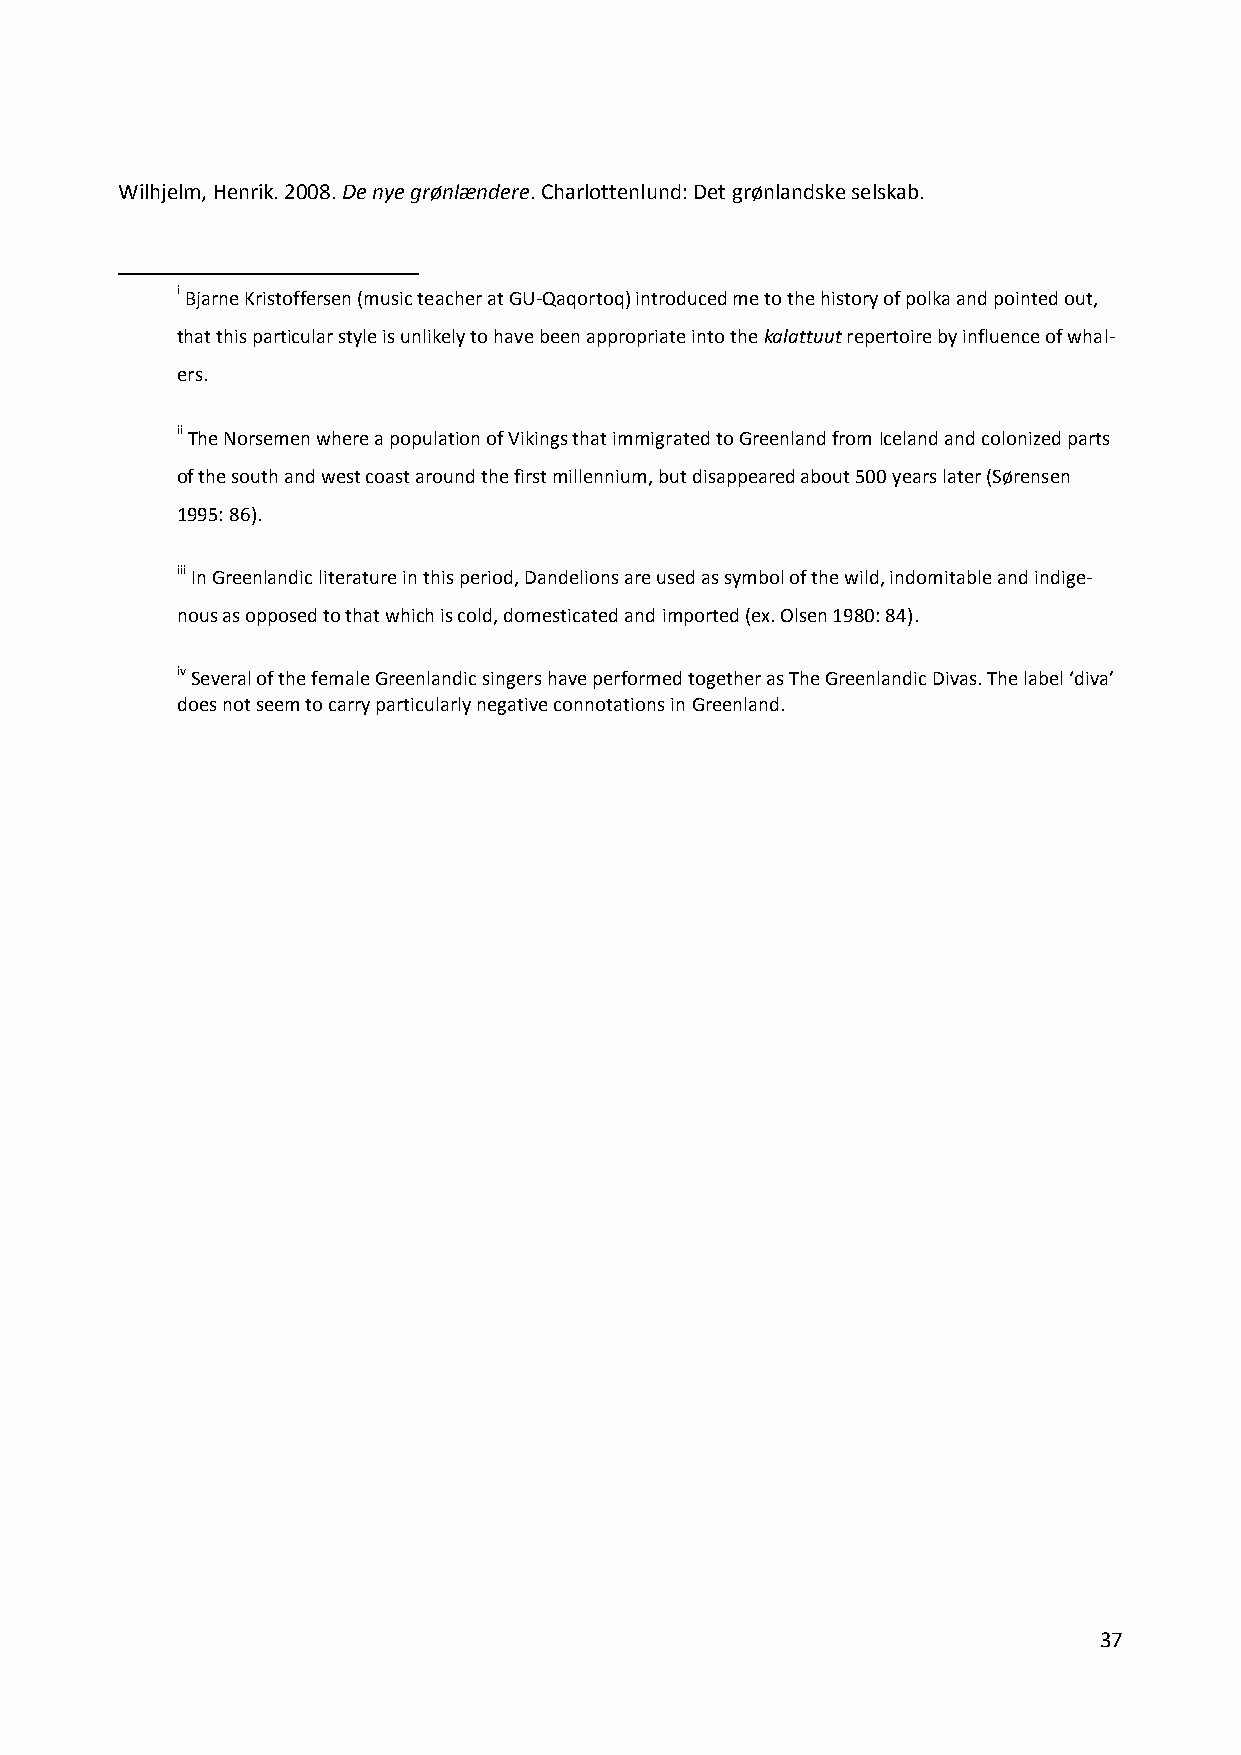
Wilhjelm, Henrik. 2008. De nye grønlændere. Charlottenlund: Det grønlandske selskab.
 i Bjarne Kristoffersen (music teacher at GU-Qaqortoq) introduced me to the history of polka and pointed out,
 that this particular style is unlikely to have been appropriate into the kalattuut repertoire by influence of whal-
 ers.
 ii The Norsemen where a population of Vikings that immigrated to Greenland from Iceland and colonized parts
 of the south and west coast around the first millennium, but disappeared about 500 years later (Sørensen
 1995: 86).
 iii In Greenlandic literature in this period, Dandelions are used as symbol of the wild, indomitable and indige-
 nous as opposed to that which is cold, domesticated and imported (ex. Olsen 1980: 84).
 iv Several of the female Greenlandic singers have performed together as The Greenlandic Divas. The label ‘diva’
 does not seem to carry particularly negative connotations in Greenland.
 37